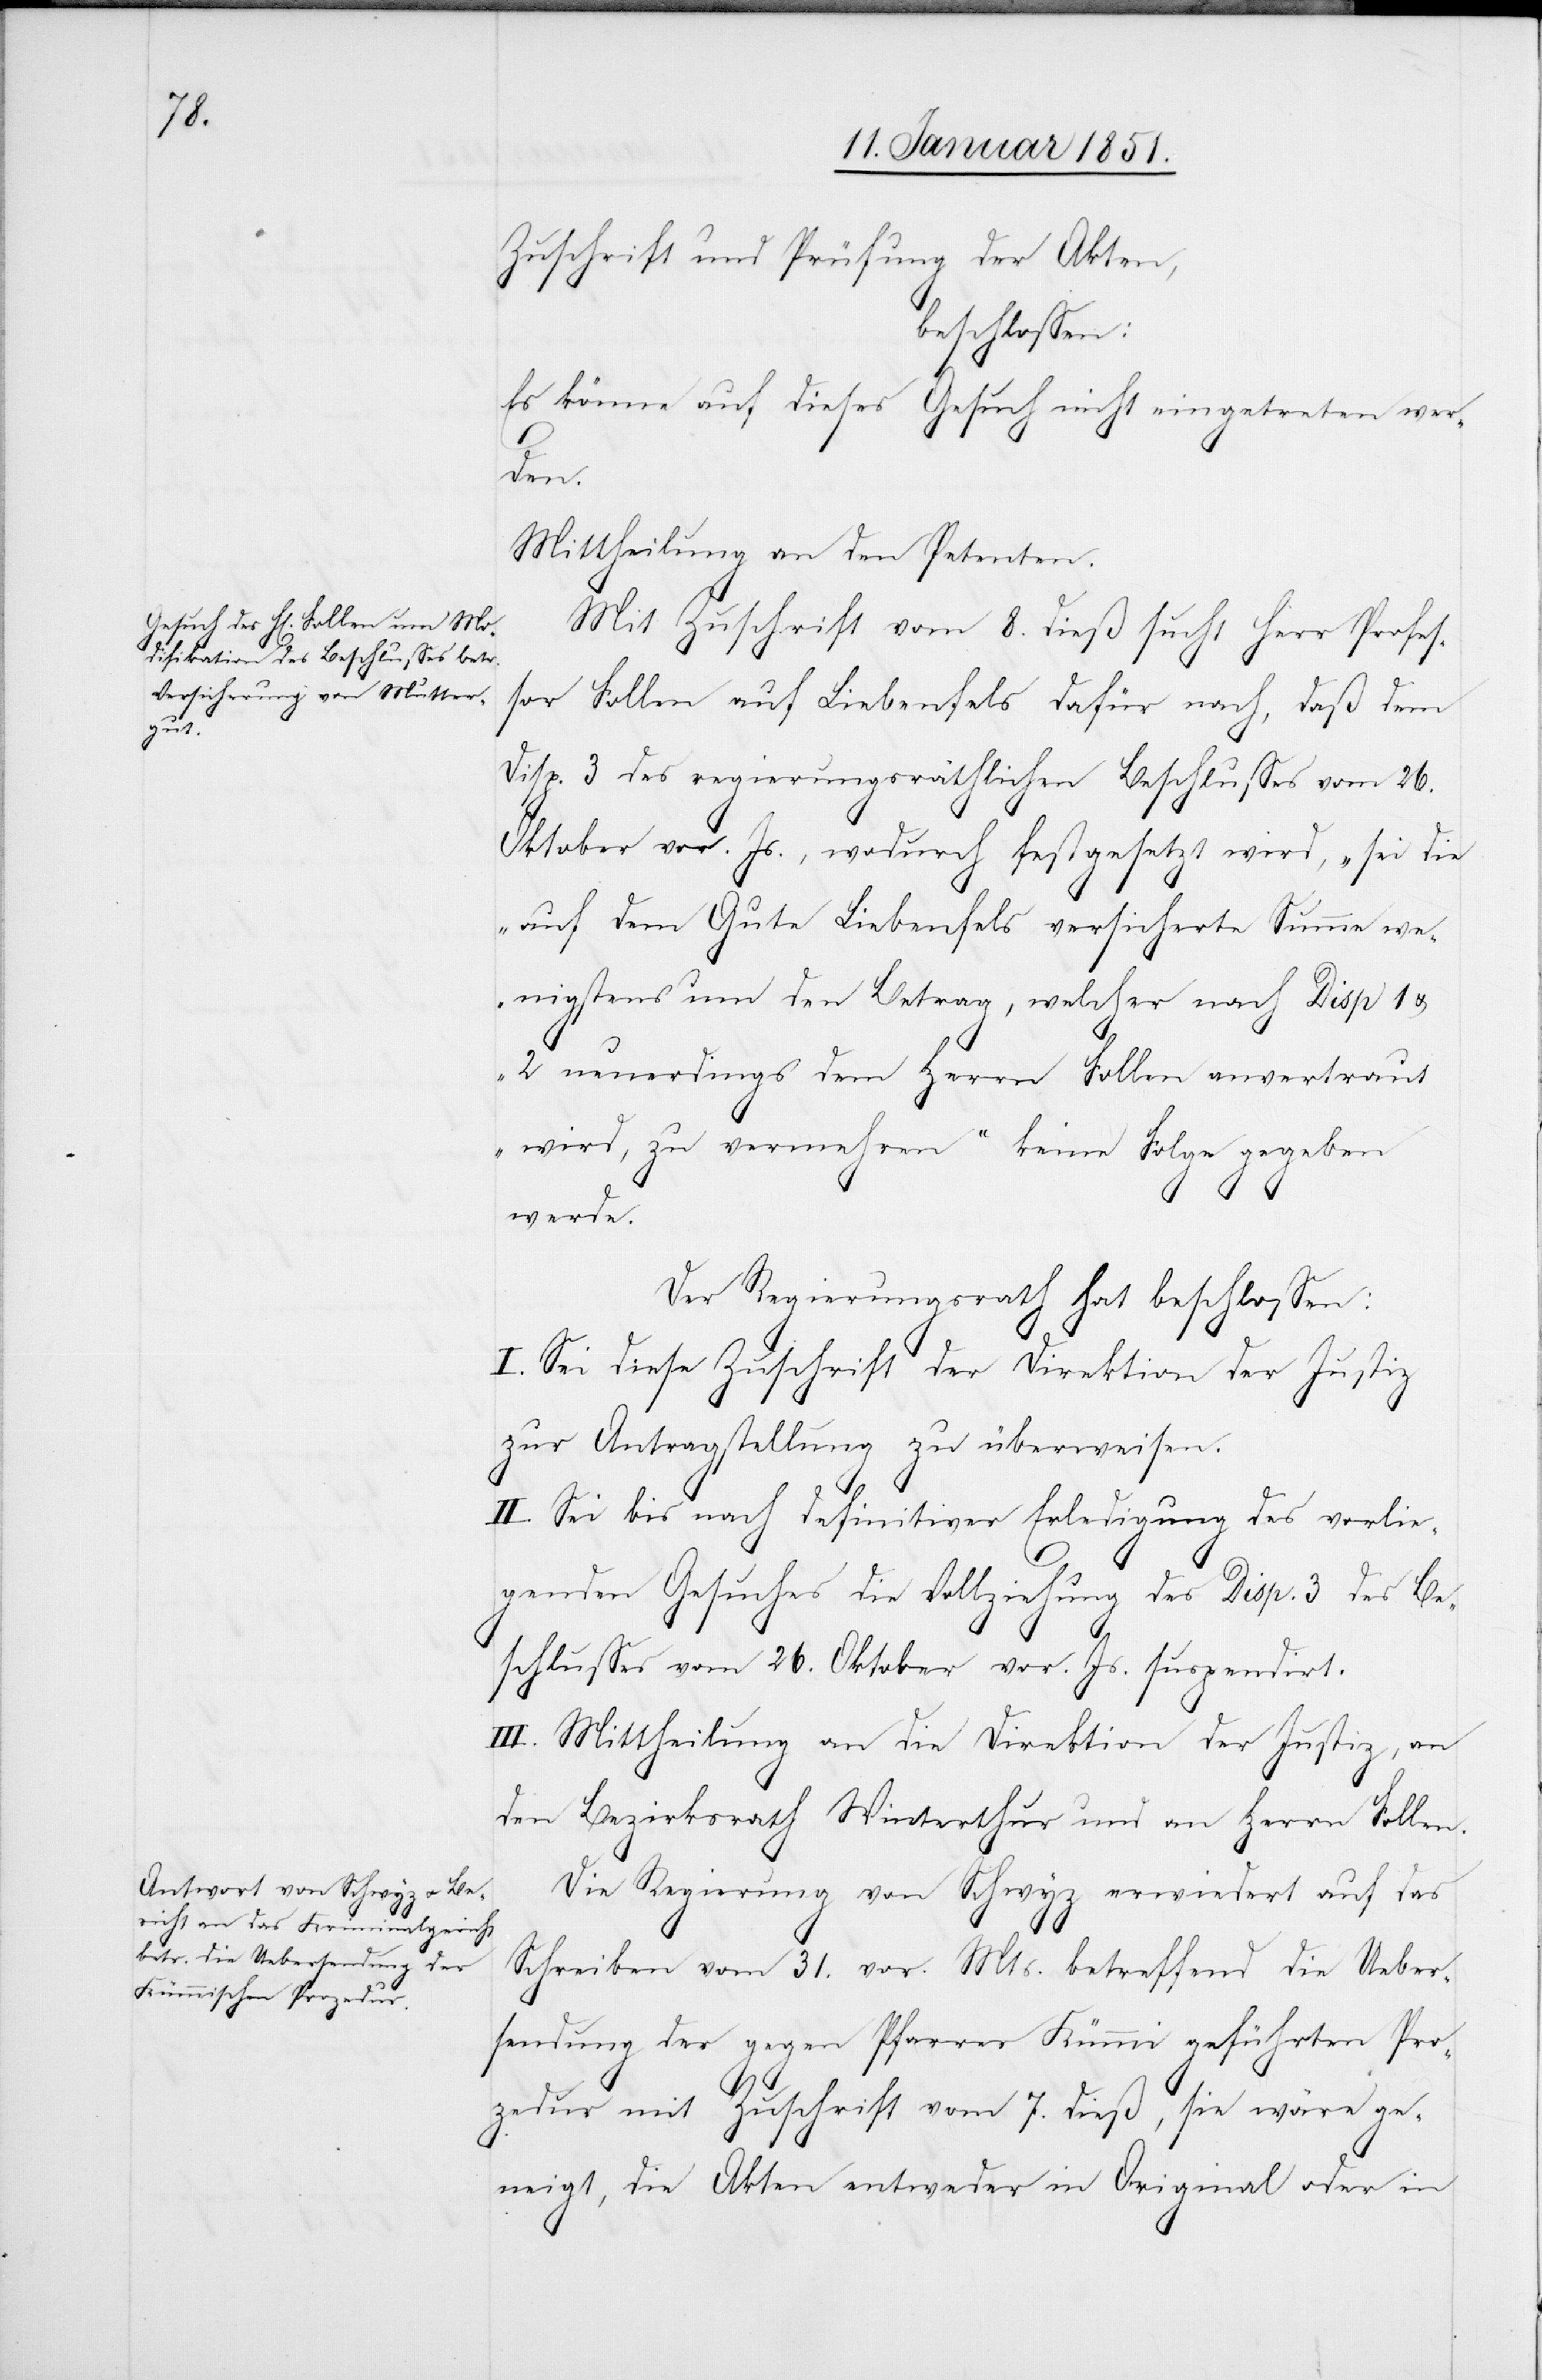
Zuschrift und Prüfung der Akten,
beschlossen:
Es könne auf dieses Gesuch nicht eingetreten wer¬
den.
Mittheilung an den Petenten.
Mit Zuschrift vom 8. dieß sucht Herr Profes¬
sor Follen auf Liebenfels dafür nach, daß dem
Disp. 3 des regierungsräthlichen Beschlusses vom 26.
Oktober vor. Js., wodurch festgesetzt wird, „sei die
auf dem Gute Liebenfels versicherte Summe we¬
nigstens um den Betrag, welcher nach Disp 1 &
2 neuerdings dem Herrn Follen anvertraut
wird, zu vermehren“ keine Folge gegeben
werde.
Der Regierungsrath hat beschlossen:
I. Sei diese Zuschrift der Direktion der Justiz
zur Antragstellung zu überweisen.
II. Sei bis nach definitiver Erledigung des vorlie¬
genden Gesuches die Vollziehung des Disp. 3 des Be¬
schlusses vom 26. Oktober vor. Js. suspendirt.
III. Mittheilung an die Direktion der Justiz, an
den Bezirksrath Winterthur und an Herrn Follen.
Die Regierung von Schwyz erwiedert auf das
Schreiben vom 31. vor. Mts. betreffend die Ueber¬
sendung der gegen Pfarrer Kümmi geführten Pro¬
zedur mit Zuschrift vom 7. dieß, sie wäre ge¬
neigt, die Akten entweder in Original oder in